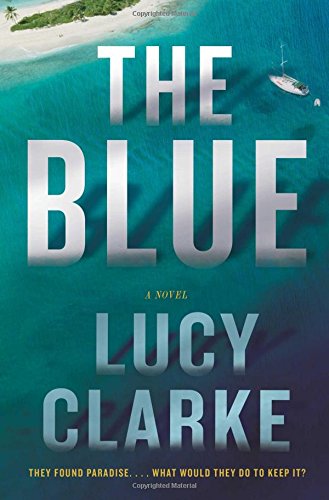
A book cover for The Blue: A Novel; Lucy Clarke; Literature & Fiction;